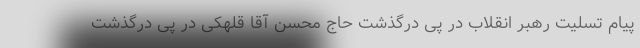
پیام تسلیت رهبر انقلاب در پی درگذشت حاج محسن آقا قلهکی در پی درگذشت